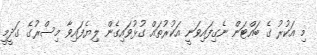
މި އަކުރު ގެ ބައްޓަން ނެގިފައިވަނީ އަކުރުތައް ގުޅުވައިގެން ލިޔެފައިވާ މިސްރުގެ ގަދީމީ